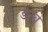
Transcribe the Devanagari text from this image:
डन्चे